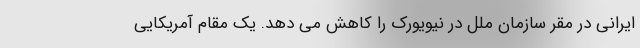
ایرانی در مقر سازمان ملل در نیویورک را کاهش می دهد. یک مقام آمریکایی